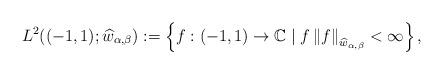
LaTeX: \begin{align*}L^{2}((-1,1);\widehat{w}_{\alpha,\beta}):=\left\{ f:(-1,1)\rightarrow\mathbb{C}\mid f\left\Vert f\right\Vert_{\widehat{w}_{\alpha,\beta}}<\infty\right\} ,\end{align*}